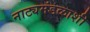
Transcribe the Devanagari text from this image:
नाट्यमंडळाशी